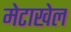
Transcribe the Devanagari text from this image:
मेटाखेल